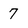
Character: 7